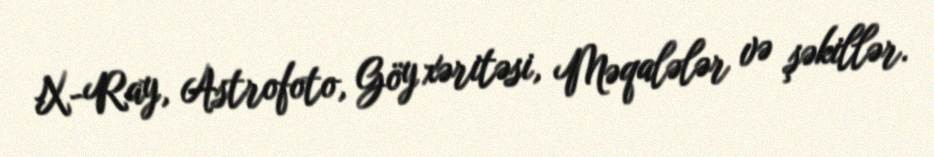
X-Ray, Astrofoto, Göy xəritəsi, Məqalələr və şəkillər.